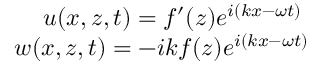
\begin{array} { r } { u ( x , z , t ) = f ^ { \prime } ( z ) e ^ { i ( k x - \omega t ) } \; } \\ { w ( x , z , t ) = - i k f ( z ) e ^ { i ( k x - \omega t ) } } \end{array}